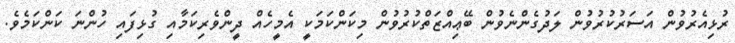
ރުޅިއެރުވުން އަސަރުކުރުވުން ލަދުގެންނެވުން ބޭޢިއްޒަތްކުރުވުން މިކަންކަމަކީ އެމީހެއް ދީންވެރިކަމާއި ގުޅިފައި ހުންނަ ކަންކަމެވެ.